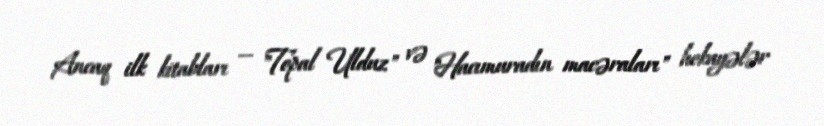
Ancaq ilk kitabları — "Topal Ulduz" və "Hacımuradın macəraları" hekayələr